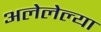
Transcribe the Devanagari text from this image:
अलेलेल्या